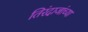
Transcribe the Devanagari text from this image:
तिरंदाजांच्या